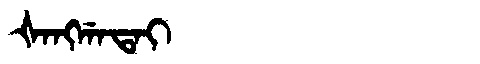
Manchu: ᡧᠠᠩᡤᠠᡨᠠᡳ
Romanization: ŠANGGATAI